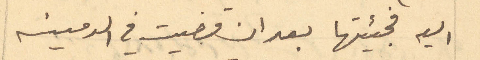
اليه فجيئتها بعد ان قضيت في الدمينه